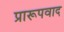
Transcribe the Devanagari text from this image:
प्रारूपवाद